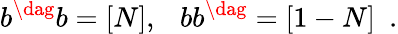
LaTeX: b^{\dag}b=[N],\ \ \ bb^{\dag}=[1-N]\ \ .